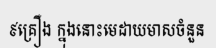
៩គ្រឿង ក្នុងនោះមេដាយមាសចំនួន